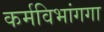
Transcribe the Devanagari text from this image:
कर्मविभांगगा